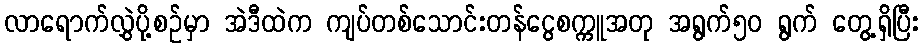
လာရောက်လွှဲပို့စဉ်မှာ အဲဒီထဲက ကျပ်တစ်သောင်းတန်ငွေစက္ကူအတု အရွက်၅ဝ ရွက် တွေ့ရှိပြီး